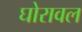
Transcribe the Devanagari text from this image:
घोरावल